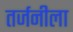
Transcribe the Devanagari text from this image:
तर्जनीला